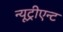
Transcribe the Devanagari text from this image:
न्यूट्रीएन्ट